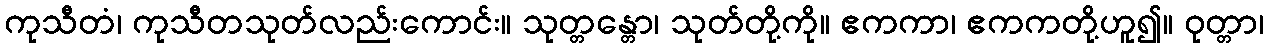
ကုသီတံ၊ ကုသီတသုတ်လည်းကောင်း။ သုတ္တန္တော၊ သုတ်တို့ကို။ ဧကကာ၊ ဧကကတို့ဟူ၍။ ဝုတ္တာ၊